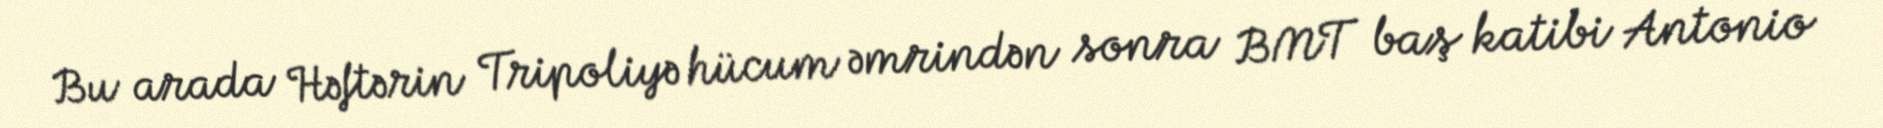
Bu arada Həftərin Tripoliyə hücum əmrindən sonra BMT baş katibi Antonio